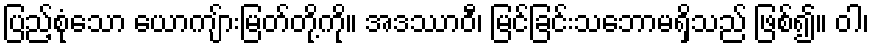
ပြည့်စုံသော ယောကျ်ားမြတ်တို့ကို။ အဒဿာဝီ၊ မြင်ခြင်းသဘောမရှိသည် ဖြစ်၍။ ဝါ၊